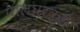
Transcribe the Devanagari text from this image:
पालघरकडे